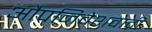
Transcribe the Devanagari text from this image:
औपनिवेशवादी